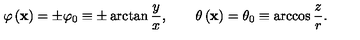
\varphi \left( { \bf x } \right) = \pm \varphi _ { 0 } \equiv \pm \arctan \frac { y } { x } , \qquad \theta \left( { \bf x } \right) = \theta _ { 0 } \equiv \arccos \frac { z } { r } .